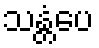
သန္တံပေ